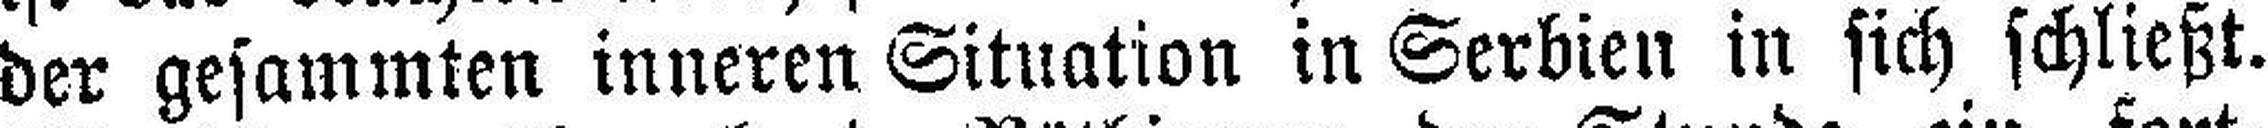
der gesammten inneren Situation in Serbien in sich schließt.